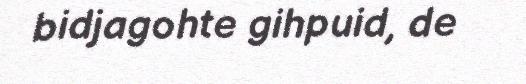
bidjagohte gihpuid, de